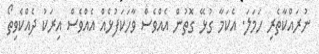
ނުރައްކާތެރި ހަމަލަ. އެކަމާ ގުޅޭ ގޮތުން އެއްވެސް ވާހަކަފުޅެއް އެއްވެސް އިރަކު ދެއްކެވިތޯ